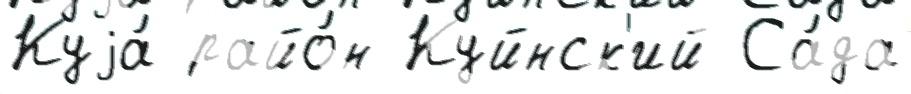
Куjа́ райо́н Куйнск'ий Са́да